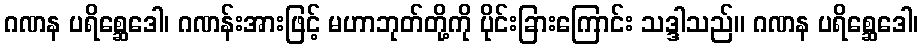
ဂဏန ပရိစ္ဆေဒေါ၊ ဂဏန်းအားဖြင့် မဟာဘုတ်တို့ကို ပိုင်းခြားကြောင်း သဒ္ဒါသည်။ ဂဏန ပရိစ္ဆေဒေါ၊